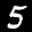
Label: 5